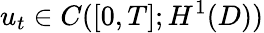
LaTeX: u_{t}\in C([0,T];H^{1}(D))